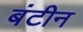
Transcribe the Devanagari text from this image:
बंटीन